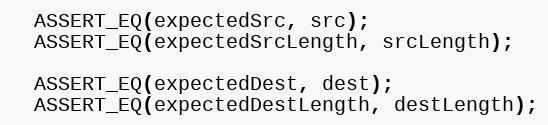
Language: C++
  ASSERT_EQ(expectedSrc, src);
  ASSERT_EQ(expectedSrcLength, srcLength);

  ASSERT_EQ(expectedDest, dest);
  ASSERT_EQ(expectedDestLength, destLength);